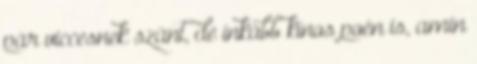
pár viccesnek szánt, de inkább kínos poén is, amin